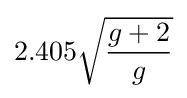
2.405{\sqrt {\frac {g+2}{g}}}